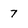
Character: 7